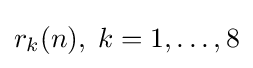
r_{k}(n),\;k=1,\dots ,8